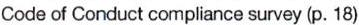
Code of Conduct compliance survey (p. 18)